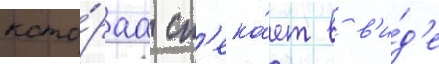
кото́раа ст'ека́ет в в'и́д'е